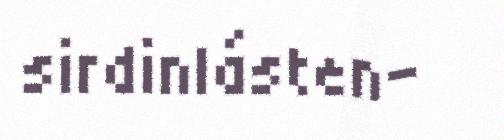
sirdinlásten-